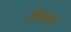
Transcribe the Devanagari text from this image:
ईशानः